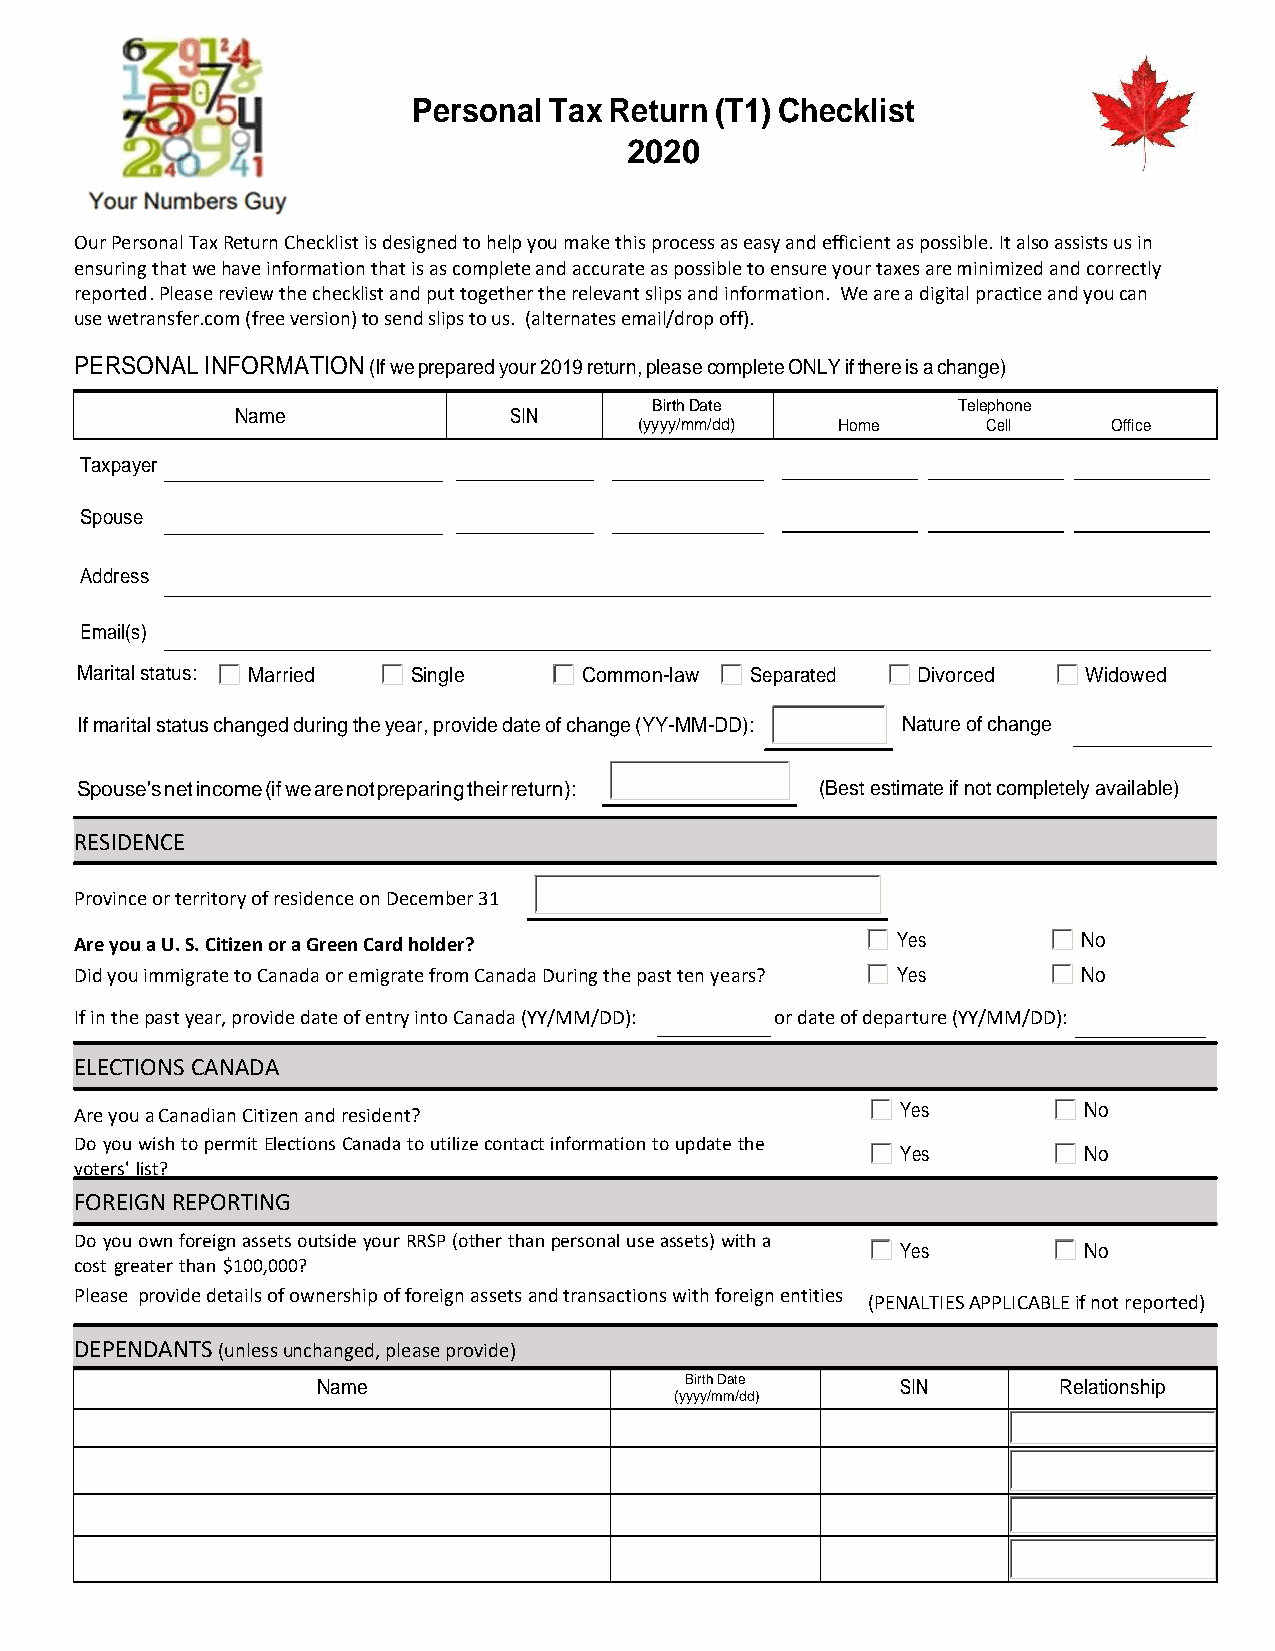
Personal Tax Return (T1) Checklist
 2020
 Our Personal Tax Return Checklist is designed to help you make this process as easy and efficient as possible. It also assists us in
 ensuring that we have information that is as complete and accurate as possible to ensure your taxes are minimized and correctly
 reported. Please review the checklist and put together the relevant slips and information. We are a digital practice and you can
 use wetransfer.com (free version) to send slips to us. (alternates email/drop off).
 PERSONAL INFORMATION (If we prepared your 2019 return, please complete ONLY if there is a change)
 Birth Date          Telephone
 Name              SIN
 (yyyy/mm/dd)  Home     Cell     Office
 Taxpayer
 Spouse
 Address
 Email(s)
 Marital status: Married Single    Common-law Separated  Divorced   Widowed
 If marital status changed during the year, provide date of change (YY-MM-DD): Nature of change
 Spouse's net income (if we are not preparing their return): (Best estimate if not completely available)
 RESIDENCE
 Province or territory of residence on December 31
 Are you a U. S. Citizen or a Green Card holder?       Yes          No
 Did you immigrate to Canada or emigrate from Canada During the past ten years? Yes No
 If in the past year, provide date of entry into Canada (YY/MM/DD): or date of departure (YY/MM/DD):
 ELECTIONS CANADA
 Are you a Canadian Citizen and resident?               Yes         No
 Do you wish to permit Elections Canada to utilize contact information to update the
 Yes         No
 voters' list?
 FOREIGN REPORTING
 Do you own foreign assets outside your RRSP (other than personal use assets) with a
 Yes         No
 cost greater than $100,000?
 Please provide details of ownership of foreign assets and transactions with foreign entities
 (PENALTIES APPLICABLE if not reported)
 DEPENDANTS (unless unchanged, please provide)
 Name                    Birth Date     SIN       Relationship
 (yyyy/mm/dd)